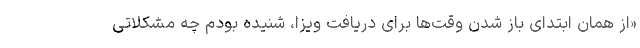
«از همان ابتدای باز شدن وقت‌ها برای دریافت ویزا، شنیده بودم چه مشکلاتی